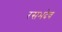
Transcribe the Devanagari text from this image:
रसभदेव